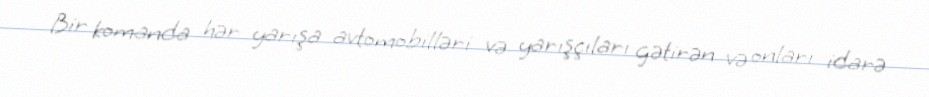
Bir komanda hər yarışa avtomobilləri və yarışçıları gətirən və onları idarə